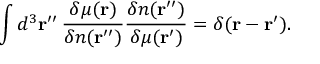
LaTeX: \int d ^ { 3 } \mathbf { r } ^ { \prime \prime } \, { \frac { \delta \mu ( \mathbf { r } ) } { \delta n ( \mathbf { r } ^ { \prime \prime } ) } } { \frac { \delta n ( \mathbf { r } ^ { \prime \prime } ) } { \delta \mu ( \mathbf { r } ^ { \prime } ) } } = \delta ( \mathbf { r } - \mathbf { r } ^ { \prime } ) .